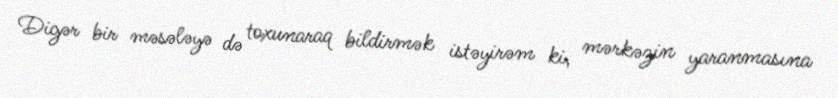
Digər bir məsələyə də toxunaraq bildirmək istəyirəm ki, mərkəzin yaranmasına